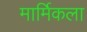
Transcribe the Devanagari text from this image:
मार्मिकला